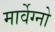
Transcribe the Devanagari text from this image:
मार्वेग्नो